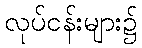
လုပ်ငန်းများ၌